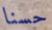
حسنا